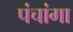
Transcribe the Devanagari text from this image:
पंचांगा